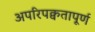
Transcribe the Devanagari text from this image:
अपरिपक्वतापूर्ण